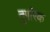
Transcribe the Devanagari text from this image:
तुगरिक